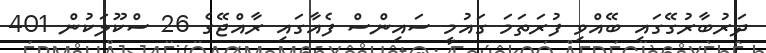
ދަރުބާރުގޭގައި ބޭއްވި ފުރަތަމަ ގައުމީ ސައިންސް ފެއާގައި ރާއްޖޭގެ 26 ސްކޫލަކުން 401